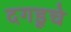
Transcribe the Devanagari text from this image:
दगडूचे